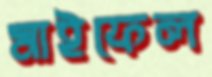
মাইফেল